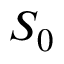
S _ { 0 }